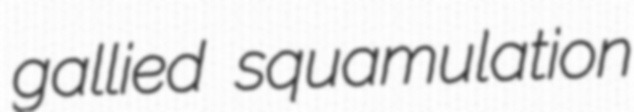
gallied squamulation